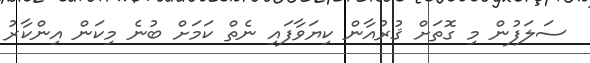
ސަލަފުން މި ގޮތަށް ޤުރުއާން ކިޔަވާފައި ނެތް ކަމަށް ބުނެ މިކަން އިންކާރު